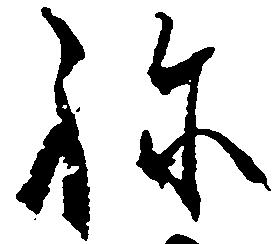
ね